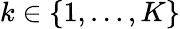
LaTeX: k\in\{ 1,\ldots,K\}